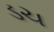
ડચ